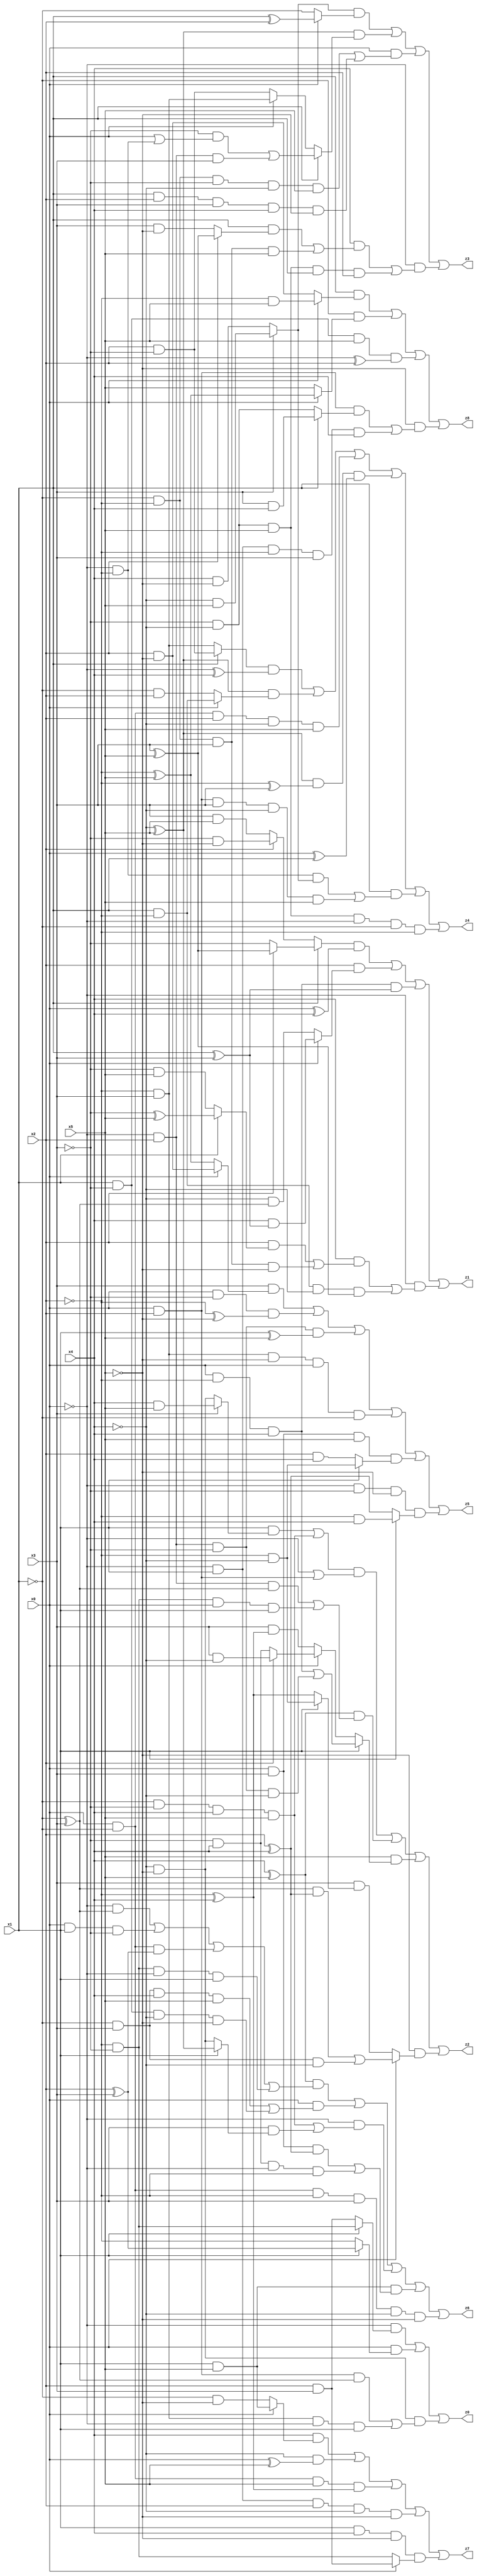
// Benchmark "X_31" written by ABC on Tue Jun 06 22:23:59 2023

module X_31 ( 
    x0, x1, x2, x3, x4, x5,
    z0, z1, z2, z3, z4, z5, z6, z7, z8  );
  input  x0, x1, x2, x3, x4, x5;
  output z0, z1, z2, z3, z4, z5, z6, z7, z8;
  assign z0 = (~x0 & (x1 ? (~x2 & ~x3) : (x2 & x3))) | (x0 & (x1 ? (x2 ^ x3) : ~x2)) | (~x4 & ~x5 & ((x0 & x2 & (~x1 ^ x3)) | (~x2 & x3 & ~x0 & x1)));
  assign z1 = ((x1 ? (x2 ? (x3 ^ x5) : ~x3) : (x2 ? (~x3 & ~x5) : (x3 & x5))) & (x0 ^ x4)) | (x2 & (x0 ? (x4 & (x1 ^ x3)) : (~x4 & (~x1 ^ x3)))) | (x0 & ~x2 & x4 & (x1 ^ x3)) | (~x0 & ((x4 & ((x2 & (x1 ? (~x3 ^ x5) : (~x3 & x5))) | (~x1 & ~x2 & x3 & ~x5))) | (x1 & ~x2 & ~x4 & (x3 ^ x5))));
  assign z2 = (((x1 & (x3 ? (x4 & x5) : (~x4 & ~x5))) | (~x1 & ~x3 & x4 & x5)) & (~x0 | (x0 & x2))) | ((x4 ^ x5) & ((~x0 & x2 & (~x1 ^ x3)) | (~x2 & ~x3 & x0 & x1))) | (x5 & (x1 ? ((x0 & ~x2 & x4) | (~x0 & x2 & ~x3 & ~x4)) : (x0 ? (x2 ? (x3 & ~x4) : (~x3 & x4)) : (x3 & (~x2 ^ x4))))) | (~x5 & (x0 ? (((~x1 ^ x3) & (x2 ^ x4)) | (~x1 & x3 & ~x4)) : (x3 & (x1 ? (~x2 & ~x4) : (~x2 ^ x4)))));
  assign z3 = ((x3 ? (~x4 & x5) : (x4 & ~x5)) & (x0 ? (x1 ^ x2) : ~x1)) | ((~x4 ^ x5) & (x1 ? ((~x3 & (x0 | (~x0 & ~x2))) | (~x0 & x2 & x3)) : (x0 ? (~x2 & x3) : (x2 & ~x3)))) | (x0 & ((~x1 & ~x2 & ~x3 & ~x4 & x5) | (x1 & x2 & x3 & x4 & ~x5))) | (~x0 & ((x4 & ((x1 & (x2 ? (x3 ^ x5) : (x3 & ~x5))) | (~x1 & ~x2 & x3 & x5))) | (~x3 & ~x4 & x5 & x1 & x2)));
  assign z4 = ((x1 ? (x2 & ~x3) : (~x2 & x3)) & (~x0 ^ x4)) | ((~x4 ^ x5) & (x0 ? (x1 & ~x2) : (~x1 & x2))) | (x0 & ~x1 & x2 & ~x4 & x5) | ((~x4 ^ x5) & (~x2 ^ x3) & (x0 ^ x1)) | (x1 & ((~x0 & ~x2 & (x3 ? (~x4 & x5) : (x4 & ~x5))) | (x0 & x2 & x3 & ~x4 & x5))) | (~x3 & ~x4 & x5 & ~x0 & ~x1 & ~x2);
  assign z5 = (x3 & (x0 ? (x2 & ~x5) : (~x2 ^ x5))) | (x0 & ~x3 & (~x2 ^ ~x5)) | (~x0 & x2 & ~x3 & (x1 ^ x5)) | (~x2 & x3 & ~x5 & x0 & ~x1) | (x0 & x3 & x5 & (x1 ? (~x2 & ~x4) : (x2 & x4))) | (~x0 & ~x3 & ~x5 & (x1 ? (~x2 & x4) : (x2 ^ x4)));
  assign z6 = ((x4 ^ x5) & ((~x0 & (~x1 ^ x3)) | (x0 & x1 & ~x3) | (x0 & ~x1 & (x2 ^ x3)) | (~x2 & ~x3 & ~x0 & x1))) | (x0 & ((~x1 & x3 & x4 & x5) | (x1 & ~x3 & ~x4 & ~x5))) | (~x0 & ((~x1 & ~x3 & x4 & x5) | (x3 & (x1 ? (~x4 ^ x5) : (~x4 & ~x5))))) | (x1 & x5 & ((x0 & x3 & (x2 ^ x4)) | (~x3 & x4 & ~x0 & ~x2))) | (x0 & ~x1 & ~x2 & x3 & ~x4 & ~x5);
  assign z7 = (x4 & (x0 ? (x1 & x5) : (~x1 & ~x5))) | (~x4 & (x0 ^ x5)) | (x0 & ~x1 & x5 & (~x2 ^ x4)) | (~x0 & x1 & x2 & ~x4 & ~x5) | (x1 & x4 & ~x5 & (x0 ? (x2 & x3) : (~x2 & ~x3)));
  assign z8 = (x1 & (x0 ? (~x2 & x5) : (x2 & ~x5))) | (~x1 & (x0 ? (~x2 ^ x5) : x5)) | (x1 & ~x3 & x5 & (~x0 ^ x2)) | (~x5 & ((x0 & x2 & (x1 ? (x3 & x4) : (~x3 & ~x4))) | (~x0 & x1 & ~x2 & x3 & x4)));
endmodule